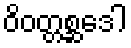
ဝိဝတ္တစ္ဆဒေါ